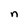
Character: n